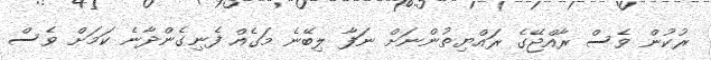
ރުކުން ވެސް ރާއްޖޭގެ ރައްޔިތުންނަށް ނަފާ ލިބޭނެ މަގެއް ފެނިގެންދާނެ ކަމަށް ވެސް